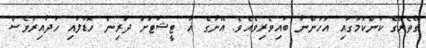
ގޭތެރޭގެ ކަންކަމުގައި އަހަންނާ ބައިވެރިވެއެވެ. އޭނާގެ އާ ޓީޝާޓަށް ދަރިން ހޮޑުލައި ހަދާއިރުވެސް